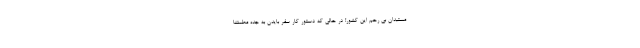
مستبدان بی رحم این کشور! در حالی که دستور کار سفر بایدن به جده مطمئنا